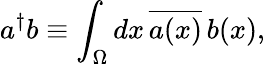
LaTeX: a^{\dagger}b\equiv\int_{\Omega}dx\, {\overline{{a(x)}}}\, b(x),